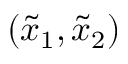
( \widetilde { x } _ { 1 } , \widetilde { x } _ { 2 } )